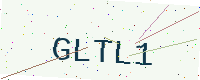
Text: GLTL1